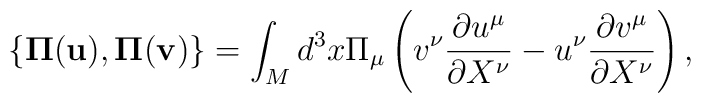
{}\{ {\bf \Pi} ({\bf u}), {\bf \Pi} ({\bf v}) \} =\int_M d^3x \Pi_\mu \left( v^\nu \frac{\partial u^\mu}{\partial X^\nu}	 -  u^\nu \frac{\partial v^\mu}{\partial X^\nu} \right),